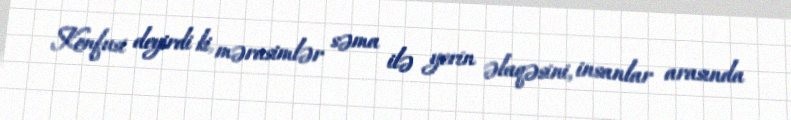
Konfusi deyirdi ki, mərasimlər səma ilə yerin əlaqəsini, insanlar arasında